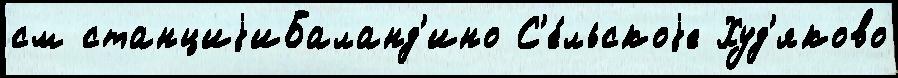
см станциjиБаланд'ино С'е́льскоjе Худ'яково